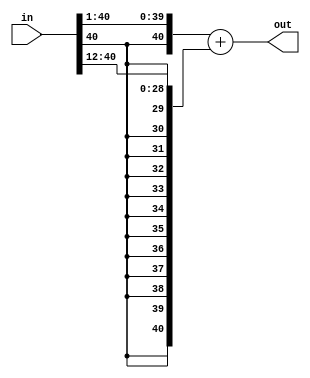
module a5_512(in,out);
input[40:0]in;
output[40:0]out;

wire[40:0]in_1;
wire[40:0]in_2;


assign in_1[40:0]={{1{in[40]}},in[40:1]};//>>1
assign in_2[40:0]={{12{in[40]}},in[40:12]};//>>12


assign  out[40:0]=in_1[40:0]+in_2[40:0];

endmodule